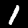
Label: 1